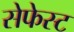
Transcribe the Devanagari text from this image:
सेफेस्ट